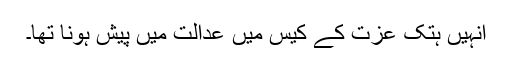
انہیں ہتک عزت کے کیس میں عدالت میں پیش ہونا تھا۔